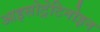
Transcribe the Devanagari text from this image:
आइसोट्रेटिनोइन